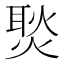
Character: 𭵢